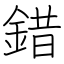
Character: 錯